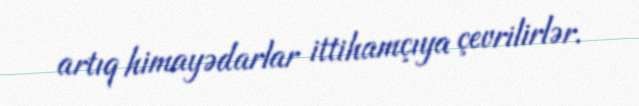
artıq himayədarlar ittihamçıya çevrilirlər.